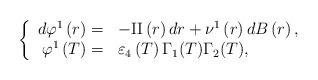
LaTeX: \begin{align*}\left\{\begin{array}[c]{rl}d\varphi^{1}\left( r\right) = & -\mathrm{II}\left( r\right) dr+\nu^{1}\left(r\right) dB\left( r\right) ,\\\varphi^{1}\left( T\right) = & \varepsilon_{4}\left( T\right) \Gamma_{1}(T)\Gamma_{2}(T),\end{array}\right. \end{align*}